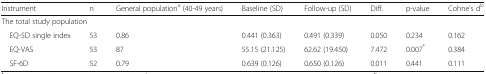
| Instrument | n | General populationa (40-49 years) | Baseline (SD) | Follow-up (SD) | Diff. | p-value | Cohne's db |
 | --- | --- | --- | --- | --- | --- | --- | --- |
 | <COLSPAN=8> The total study population |
 | EQ-5D single index | 53 | 0.86 | 0.441 (0.363) | 0.491 (0.339) | 0.050 | 0.234 | 0.162 |
 | EQ-VAS | 53 | 87 | 55.15 (21.125) | 62.62 (19.450) | 7.472 | 0.007* | 0.384 |
 | SF-6D | 52 | 0.79 | 0.639 (0.126) | 0.650 (0.126) | 0.011 | 0.441 | 0.111 |